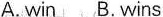
A. Win B. Wins